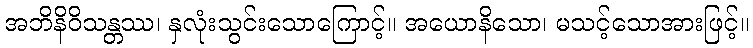
အဘိနိဝိသန္တဿ၊ နှလုံးသွင်းသောကြောင့်။ အယောနိသော၊ မသင့်သောအားဖြင့်။